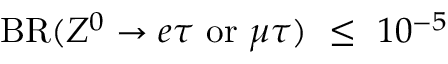
\mathrm { B R } ( Z ^ { 0 } \to e \tau \ \mathrm { o r } \ \mu \tau ) \ \leq \ 1 0 ^ { - 5 }